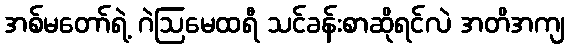
အစ်မတော်ရဲ့ ဂဲဩမေထရီ သင်ခန်းစာဆိုရင်လဲ အတိအကျ